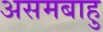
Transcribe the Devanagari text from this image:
असमबाहु